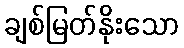
ချစ်မြတ်နိုးသော